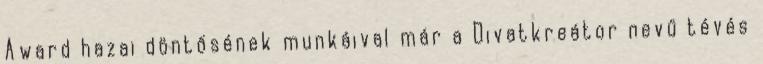
Award hazai döntősének munkáival már a Divatkreátor nevű tévés